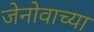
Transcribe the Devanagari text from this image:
जेनोवाच्या